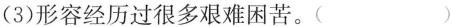
(3)形容经历过很多艰难困苦。( )